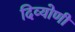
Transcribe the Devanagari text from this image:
दिव्योणी